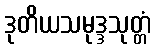
ဒုတိယသမုဒ္ဒသုတ္တံ